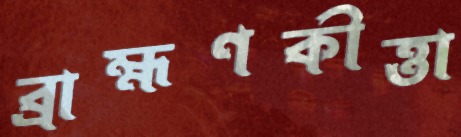
ব্রাহ্মণকীত্তা